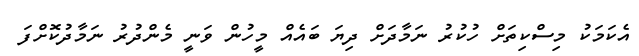
އެކަމަކު މިސްކިތަށް ހުކުރު ނަމާދަށް ދިޔަ ބައެއް މީހުން ވަނީ މެންދުރު ނަމާދުކޮށްފަ